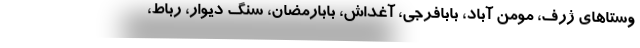
وستاهای ژرف، مومن آباد، بابافرجی، آغداش، بابارمضان، سنگ دیوار، رباط،